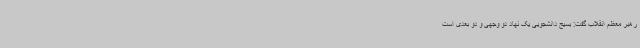
رهبر معظم انقلاب گفت: بسیج دانشجویی یک نهاد دو وجهی و دو بعدی است